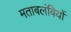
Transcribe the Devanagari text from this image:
मताबलंवियों